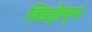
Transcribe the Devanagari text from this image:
विंडहेल्म